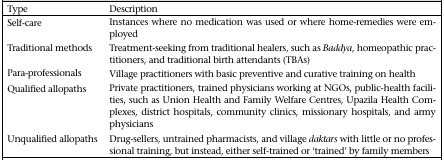
<table><thead><tr><td><b>Type</b></td><td><b>Description</b></td></tr></thead><tbody><tr><td>Self-care</td><td>Instances where no medication was used or where home-remedies were employed</td></tr><tr><td>Traditional methods</td><td>Treatment-seeking from traditional healers, such as <i>Baddya,</i> homeopathic practitioners, and traditional birth attendants (TBAs)</td></tr><tr><td>Para-professionals</td><td>Village practitioners with basic preventive and curative training on health</td></tr><tr><td>Qualified allopaths</td><td>Private practitioners, trained physicians working at NGOs, public-health facilities, such as Union Health and Family Welfare Centres, Upazila Health Complexes, district hospitals, community clinics, missionary hospitals, and army physicians</td></tr><tr><td>Unqualified allopaths</td><td>Drug-sellers, untrained pharmacists, and village <i>daktars</i> with little or no professional training, but instead, either self-trained or ‘trained’ by family members</td></tr></tbody></table>